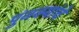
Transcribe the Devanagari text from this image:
पुंजक्यांचे